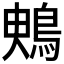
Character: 𪀙